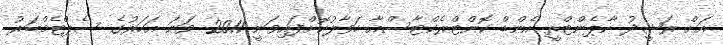
އަށް ރަޝީދު ކާޕެންޓްރީ އެންޑް ކޮންޓްރެކްޓާސްއާ ހަވާލުކޮށްފައިވަނީ 2011 ވަނަ އަހަރުގެ ސެޕްޓެމްބަރު